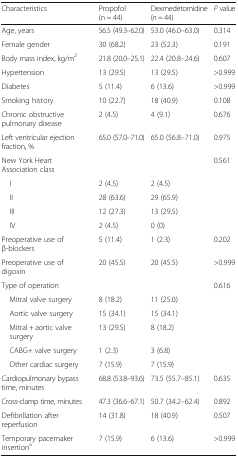
<table><thead><tr><td><b>Characteristics</b></td><td><b>Propofol (n = 44)</b></td><td><b>Dexmedetomidine (<i>n</i> = 44)</b></td><td><b><i>P</i> value</b></td></tr></thead><tbody><tr><td>Age, years</td><td>56.5 (49.3–62.0)</td><td>53.0 (46.0–63.0)</td><td>0.314</td></tr><tr><td>Female gender</td><td>30 (68.2)</td><td>23 (52.3)</td><td>0.191</td></tr><tr><td>Body mass index, kg/m<sup>2</sup></td><td>21.8 (20.0–25.1)</td><td>22.4 (20.8–24.6)</td><td>0.607</td></tr><tr><td>Hypertension</td><td>13 (29.5)</td><td>13 (29.5)</td><td>&gt;0.999</td></tr><tr><td>Diabetes</td><td>5 (11.4)</td><td>6 (13.6)</td><td>&gt;0.999</td></tr><tr><td>Smoking history</td><td>10 (22.7)</td><td>18 (40.9)</td><td>0.108</td></tr><tr><td>Chronic obstructive pulmonary disease</td><td>2 (4.5)</td><td>4 (9.1)</td><td>0.676</td></tr><tr><td>Left ventricular ejection fraction, %</td><td>65.0 (57.0–71.0)</td><td>65.0 (56.8–71.0)</td><td>0.975</td></tr><tr><td>New York Heart Association class</td><td></td><td></td><td>0.561</td></tr><tr><td> I</td><td>2 (4.5)</td><td>2 (4.5)</td><td></td></tr><tr><td> II</td><td>28 (63.6)</td><td>29 (65.9)</td><td></td></tr><tr><td> III</td><td>12 (27.3)</td><td>13 (29.5)</td><td></td></tr><tr><td> IV</td><td>2 (4.5)</td><td>0 (0)</td><td></td></tr><tr><td>Preoperative use of β-blockers</td><td>5 (11.4)</td><td>1 (2.3)</td><td>0.202</td></tr><tr><td>Preoperative use of digoxin</td><td>20 (45.5)</td><td>20 (45.5)</td><td>&gt;0.999</td></tr><tr><td>Type of operation</td><td></td><td></td><td>0.616</td></tr><tr><td> Mitral valve surgery</td><td>8 (18.2)</td><td>11 (25.0)</td><td></td></tr><tr><td> Aortic valve surgery</td><td>15 (34.1)</td><td>15 (34.1)</td><td></td></tr><tr><td> Mitral + aortic valve surgery</td><td>13 (29.5)</td><td>8 (18.2)</td><td></td></tr><tr><td> CABG+ valve surgery</td><td>1 (2.3)</td><td>3 (6.8)</td><td></td></tr><tr><td> Other cardiac surgery</td><td>7 (15.9)</td><td>7 (15.9)</td><td></td></tr><tr><td>Cardiopulmonary bypass time, minutes</td><td>68.8 (53.8–93.6)</td><td>73.5 (55.7–85.1)</td><td>0.635</td></tr><tr><td>Cross-clamp time, minutes</td><td>47.3 (36.6–67.1)</td><td>50.7 (34.2–62.4)</td><td>0.892</td></tr><tr><td>Defibrillation after reperfusion</td><td>14 (31.8)</td><td>18 (40.9)</td><td>0.507</td></tr><tr><td>Temporary pacemaker insertion<sup>a</sup></td><td>7 (15.9)</td><td>6 (13.6)</td><td>&gt;0.999</td></tr></tbody></table>